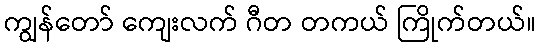
ကျွန်တော် ကျေးလက် ဂီတ တကယ် ကြိုက်တယ်။